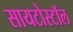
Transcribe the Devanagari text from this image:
सायटोस्टॉल